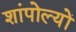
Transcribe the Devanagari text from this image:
शांपोल्यों